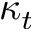
\kappa _ { t }